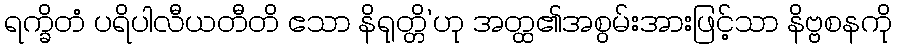
ရက္ခိတံ ပရိပါလီယတီတိ ဧသာ နိရုတ္တိ’ဟု အတ္ထ၏အစွမ်းအားဖြင့်သာ နိဗ္ဗစနကို